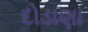
દોડાણા